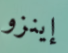
إينزو